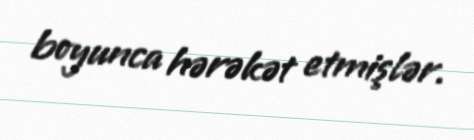
boyunca hərəkət etmişlər.